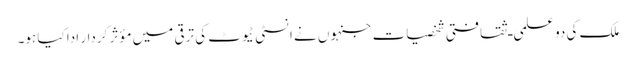
ملک کی دو علمی ـ ثقافتی شخصیات جنہوں نے انسٹی ٹیوٹ کی ترقی میں مؤثر کردار ادا کیا ہو۔